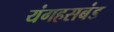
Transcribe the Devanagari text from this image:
यंगहसबंड